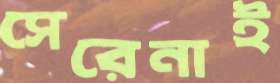
সেরেনাই